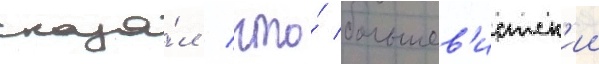
сказа́л / что́ большев'истск'ии